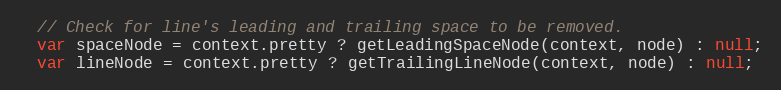
Language: JavaScript
  // Check for line's leading and trailing space to be removed.
  var spaceNode = context.pretty ? getLeadingSpaceNode(context, node) : null;
  var lineNode = context.pretty ? getTrailingLineNode(context, node) : null;